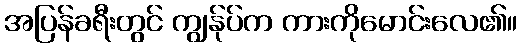
အပြန်ခရီးတွင် ကျွန်ုပ်က ကားကိုမောင်းလေ၏။